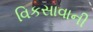
વિકસાવાની